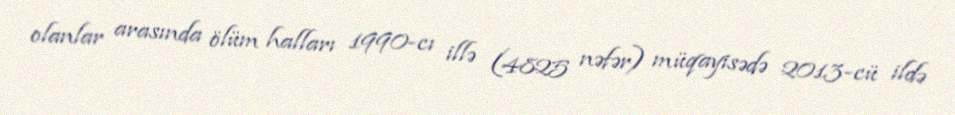
olanlar arasında ölüm halları 1990-cı illə (4825 nəfər) müqayisədə 2013-cü ildə